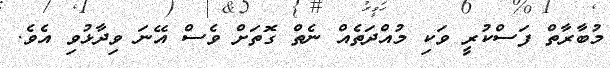
މުބާރާތް ފަސްކުރީ ވަކި މުއްދަތެއް ނެތް ގޮތަށް ވެސް އޭނަ ވިދާޅުވި އެވެ.